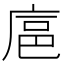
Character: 𪪘